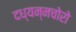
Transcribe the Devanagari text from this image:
दध्यन्नचोरो